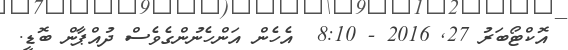
އޮކްޓޯބަރު 27